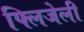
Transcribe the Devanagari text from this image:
फ्लिजेली